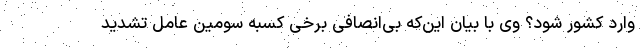
وارد کشور شود؟ وی با بیان این‌که بی‌انصافی برخی کسبه سومین عامل تشدید